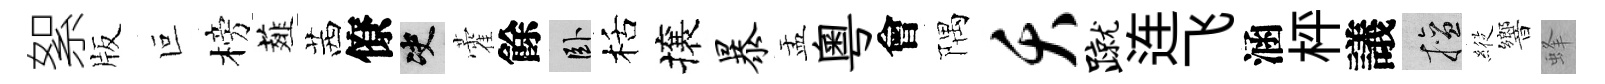
絮版叵榜薤茜僚决藿餘卧栝攘暴盂粵會隅夭蹴连飞涵枰議擅𦂵響蜂